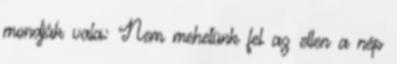
mondják vala: Nem mehetünk fel az ellen a nép